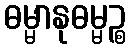
ဓမ္မာနုဓမ္မဉ္စ